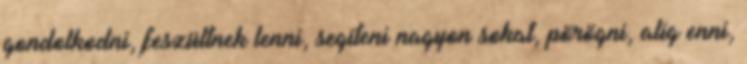
gondolkodni, feszültnek lenni, segíteni nagyon sokat, pörögni, alig enni,